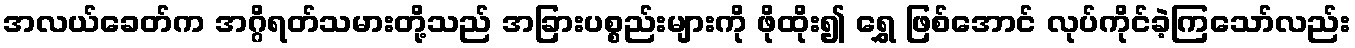
အလယ်ခေတ်က အဂ္ဂိရတ်သမားတို့သည် အခြားပစ္စည်းများကို ဖိုထိုး၍ ရွှေ ဖြစ်အောင် လုပ်ကိုင်ခဲ့ကြသော်လည်း